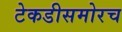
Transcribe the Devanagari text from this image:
टेकडीसमोरच